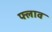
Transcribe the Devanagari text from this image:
फ्लाव